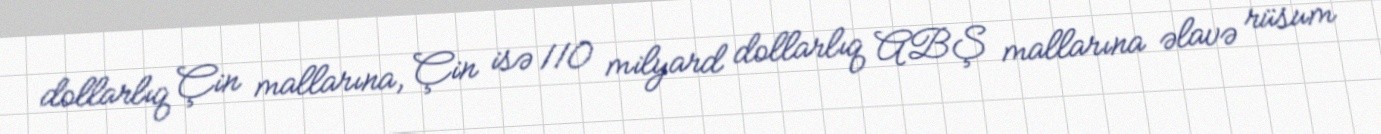
dollarlıq Çin mallarına, Çin isə 110 milyard dollarlıq ABŞ mallarına əlavə rüsum